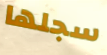
سجلها